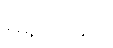
မရှိပါဘူး။